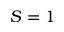
S = 1